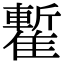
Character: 𩀧